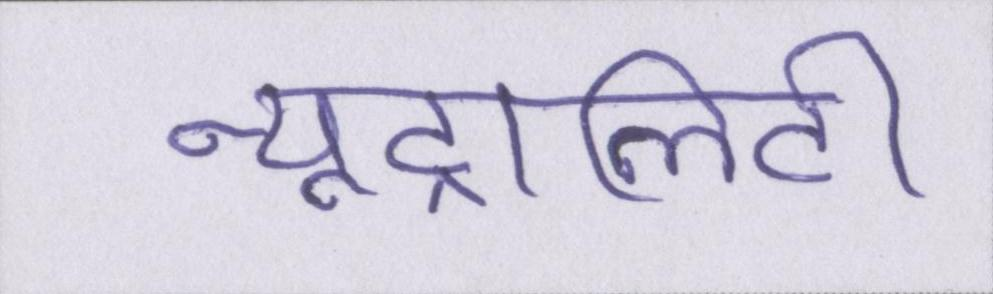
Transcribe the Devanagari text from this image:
न्यूट्रालिटी